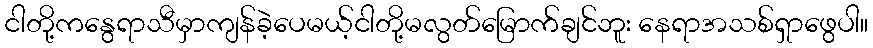
ငါတို့ကနွေရာသီမှာကျန်ခဲ့ပေမယ့်ငါတို့မလွတ်မြောက်ချင်ဘူး နေရာအသစ်ရှာဖွေပါ။